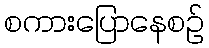
စကားပြောနေစဉ်